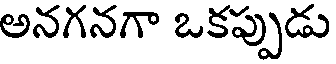
అనగనగా ఒకప్పుడు